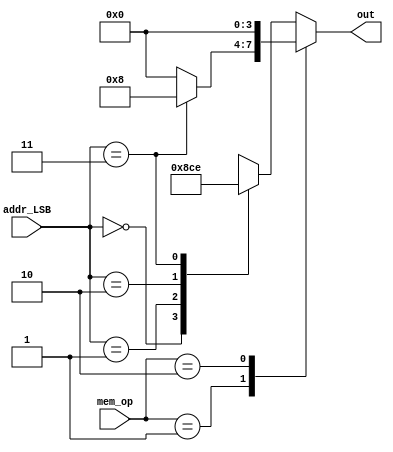
module InputToAdders (mem_op, addr_LSB, out);
    
    input       [1:0]   mem_op; 
    input       [1:0]   addr_LSB; 
    output reg  [3:0]   out;
    
    always @ (*) begin
        
        case (mem_op) 
            2'b00: //lw
            begin
                case (addr_LSB)
                    2'b00:  out = 4'b0000; 	//the whole word will be stored in addr[31:2]
                    2'b01:  out = 4'b1000;	//The most significant byte will be stored in the following word (bank 0)
                    2'b10:  out = 4'b1100;	//the most significant half word will be stored in the following word (bank 0 & 1)
                    2'b11:  out = 4'b1110;	//The least significant word only will be stored in the given address (bank3)
                    default: out = 4'b0000;
                endcase
            end
            2'b01: //sh
            begin
                if (addr_LSB == 2'b11)
                    out = 4'b1000;		//The most significant byte will be stored in the following word (bank 0)
                else
                    out = 4'b0000;
            end
            2'b10: //sb
                out = 4'd0;
            default: 
            begin
                case (addr_LSB) //sw
                    2'b00:  out = 4'b0000;	//the whole word will be read from addr[31:2]
                    2'b01:  out = 4'b1000;	//The most significant byte will be read from the following word
                    2'b10:  out = 4'b1100;	//the most significant half word will be read from the following word
                    2'b11:  out = 4'b1110;	//The least significant word only will be read from the given address
                    default: out = 4'b0000;
                endcase
            end
        endcase
    end
        
endmodule